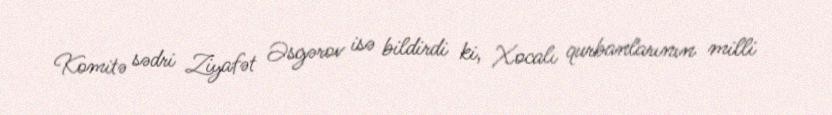
Komitə sədri Ziyafət Əsgərov isə bildirdi ki, Xocalı qurbanlarının milli